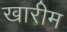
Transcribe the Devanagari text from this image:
खारीम